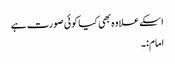
اسکے علاوہ بھی کیا کوئی صورت ہے
امام:۔